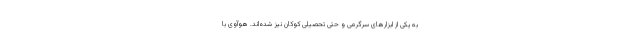
به یکی از ابزارهای سرگرمی و حتی تحصیلی کوکان نیز شده‌اند. هوآوی با